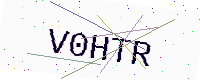
Text: V0HTR